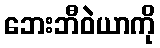
ဘေးဘီဝဲယာကို